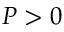
P > 0